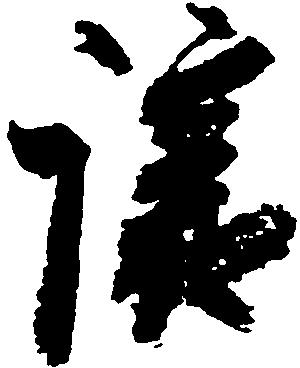
譲